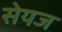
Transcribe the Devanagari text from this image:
सेयज